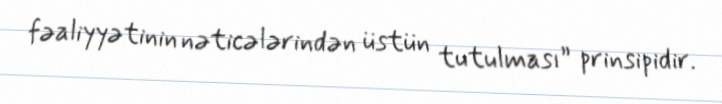
fəaliyyətinin nəticələrindən üstün tutulması” prinsipidir.